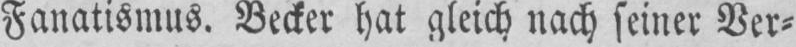
Fanatismus. Becker hat gleich nach seiner Ver⸗